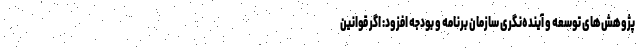
پژوهش‌های توسعه و آینده‌نگری سازمان برنامه و بودجه افزود: اگر قوانین